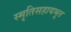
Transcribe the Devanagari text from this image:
स्मृतिसहायभूत